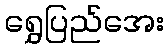
ရွှေပြည်အေး